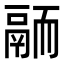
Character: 𩰴